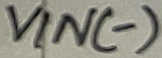
Text: VIN(-)